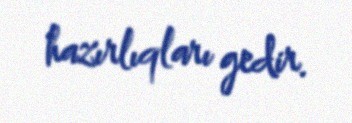
hazırlıqları gedir.